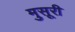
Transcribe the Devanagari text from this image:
मुसूरी